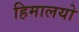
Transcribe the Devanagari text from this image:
हिमालयो